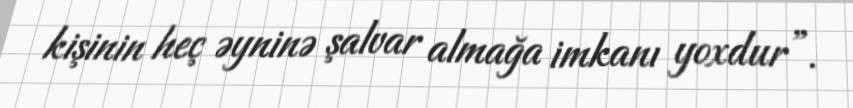
kişinin heç əyninə şalvar almağa imkanı yoxdur”.